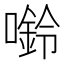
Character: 𫫿